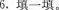
6.填一填。